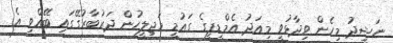
ނަޝީދު މިހެން ވިދާޅުވީ މިއަދު އެމްޑީޕީގެ ގައުމީ މަޖިލީހުން ދަރުބާރުގޭގައި ބޭއްވި އެ